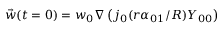
\vec { w } ( t = 0 ) = w _ { 0 } \nabla \left( j _ { 0 } ( r \alpha _ { 0 1 } / R ) Y _ { 0 0 } \right)